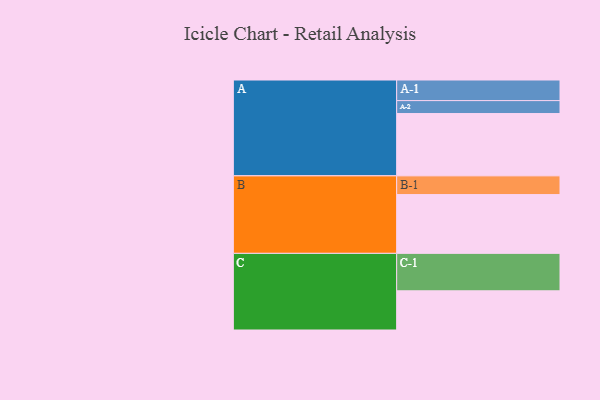
{"axis": {"x": "Segment", "y": "Value"}, "legend": ["", "A", "B", "C"], "data": [{"x": "A", "y": 496, "type": ""}, {"x": "B", "y": 468, "type": ""}, {"x": "C", "y": 312, "type": ""}, {"x": "A-1", "y": 164, "type": "A"}, {"x": "A-2", "y": 103, "type": "A"}, {"x": "B-1", "y": 149, "type": "B"}, {"x": "C-1", "y": 298, "type": "C"}]}